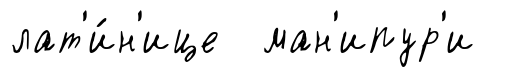
лат'и́н'ице ман'ипур'и